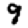
Digit: 9